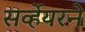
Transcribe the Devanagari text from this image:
सर्व्हेयरने